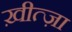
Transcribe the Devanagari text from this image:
ख़ीत्ज़ा